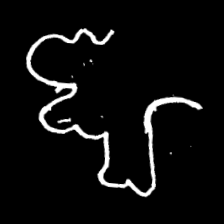
Pyu character \u2014 Myanmar letter: ဈ (romanized: jha)